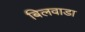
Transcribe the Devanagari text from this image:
बिलवाडा